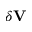
\delta \mathbf { V }